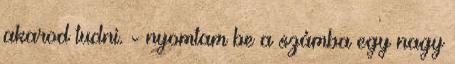
akarod tudni. - nyomtam be a számba egy nagy